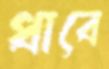
ধাবে